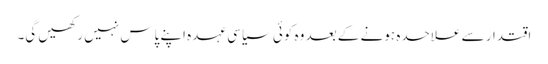
اقتدار سے علاحدہ ہونے کے بعد وہ کوئی سیاسی عہدہ اپنے پاس نہیں رکھیں گی۔